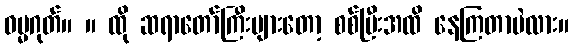
ဓမ္မဂုတ်။ ။ ထို ဆရာတော်ကြီးများတော့ စစ်ပြီးအထိ နေကြတာပဲလား။